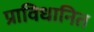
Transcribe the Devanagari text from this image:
प्राविधानित